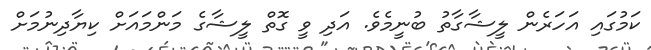
ކަމުގައި އަހަރެން ލީޝާގާތު ބުނީމެވެ. އަދި ވީ ގޮތް ލީޝާގެ މަންމައަށް ކިޔާދިނުމަށް